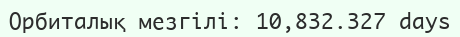
Орбиталық мезгілі:	10,832.327 days